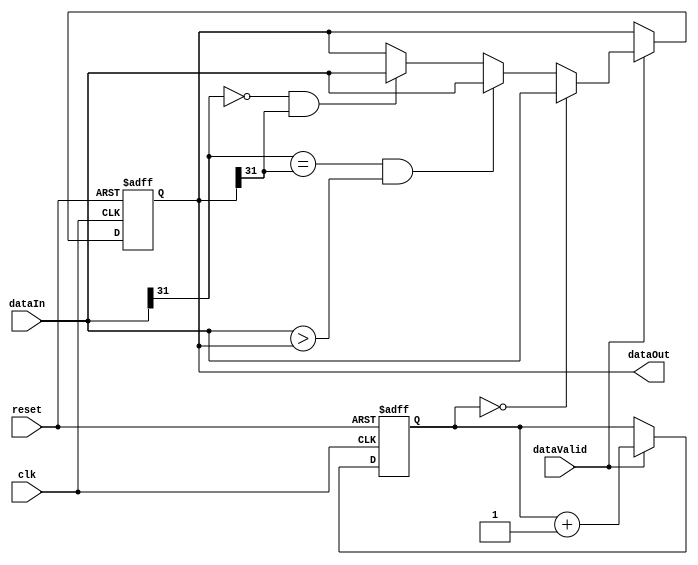
module maxAccelerator(input clk, input reset, input [31:0] dataIn,
                      input dataValid, output [31:0] dataOut);

  reg [1:0] count;
  reg [31:0] max;
  assign dataOut = max;

  // Cycle through a 2x2 set of values and determine the max
  always @(posedge clk, negedge reset) begin
    if (!reset) begin
      max = 32'b0;
      count = 2'b0;
    end
    else if (dataValid) begin
      if (count == 2'b0)
        max <= dataIn; // if its the first value it is the max
      else if ((dataIn[31] == max[31]) && dataIn > max)
        max <= dataIn; // if both values are same sign
      else if (!dataIn[31] && max[31])
        max <= dataIn; // if max is negative and new value is positive
      count <= count + 1'b1;
    end
  end

endmodule